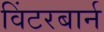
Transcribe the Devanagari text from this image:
विंटरबार्न